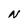
Character: N